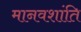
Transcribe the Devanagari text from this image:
मानवशांति